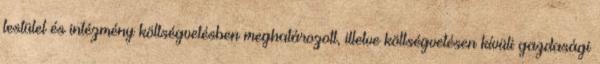
testület és intézmény költségvetésben meghatározott, illetve költségvetésen kívüli gazdasági